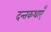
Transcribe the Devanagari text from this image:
दन्तकथाएँ